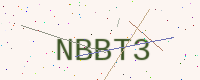
Text: NBBT3